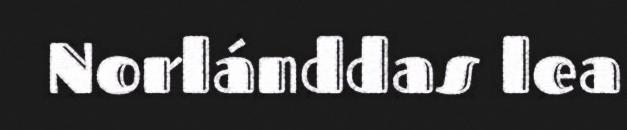
Norlánddas lea